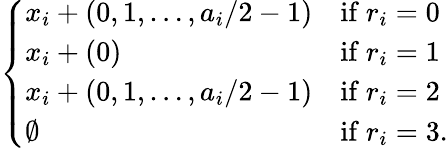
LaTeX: \left\{ \begin{array}{ll}{x_{i}+(0,1,\dots,a_{i}/2-1)}&{\mathrm{if~}r_{i}=0}\\ {x_{i}+(0)}&{\mathrm{if~}r_{i}=1}\\ {x_{i}+(0,1,\dots,a_{i}/2-1)}&{\mathrm{if~}r_{i}=2}\\ {\emptyset}&{\mathrm{if~}r_{i}=3.}\end{array}\right.